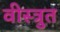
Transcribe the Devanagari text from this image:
वीस्त्रुत